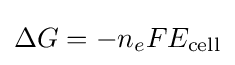
\Delta G=-n_{e}FE_{\mathrm {cell} }